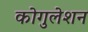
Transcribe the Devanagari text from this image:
कोगुलेशन